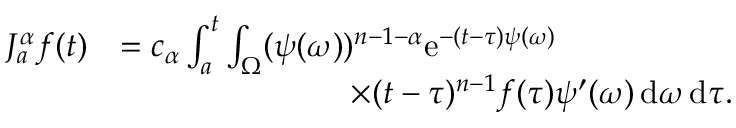
\begin{array} { r l } { J _ { a } ^ { \alpha } f ( t ) } & { = c _ { \alpha } \int _ { a } ^ { t } \int _ { \Omega } ( \psi ( \omega ) ) ^ { n - 1 - \alpha } \mathrm e ^ { - ( t - \tau ) \psi ( \omega ) } } \\ & { \qquad \qquad \qquad \quad \times ( t - \tau ) ^ { n - 1 } f ( \tau ) \psi ^ { \prime } ( \omega ) \, \mathrm d \omega \, \mathrm d \tau . } \end{array}